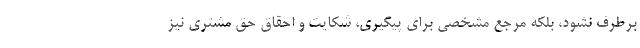
برطرف نشود، بلکه مرجع مشخصی برای پیگیری، شکایت و احقاق حق مشتری نیز